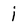
Character: i